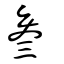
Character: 叄